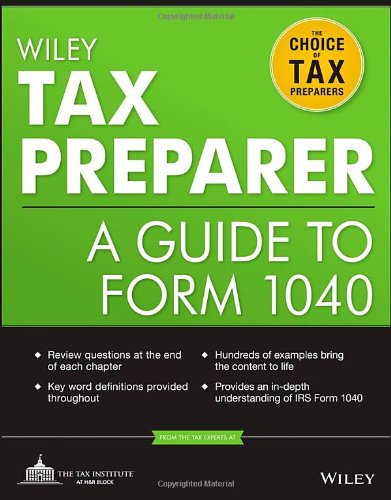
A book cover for Wiley Tax Preparer: A Guide to Form 1040; The Tax Institute at H&R Block; Test Preparation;